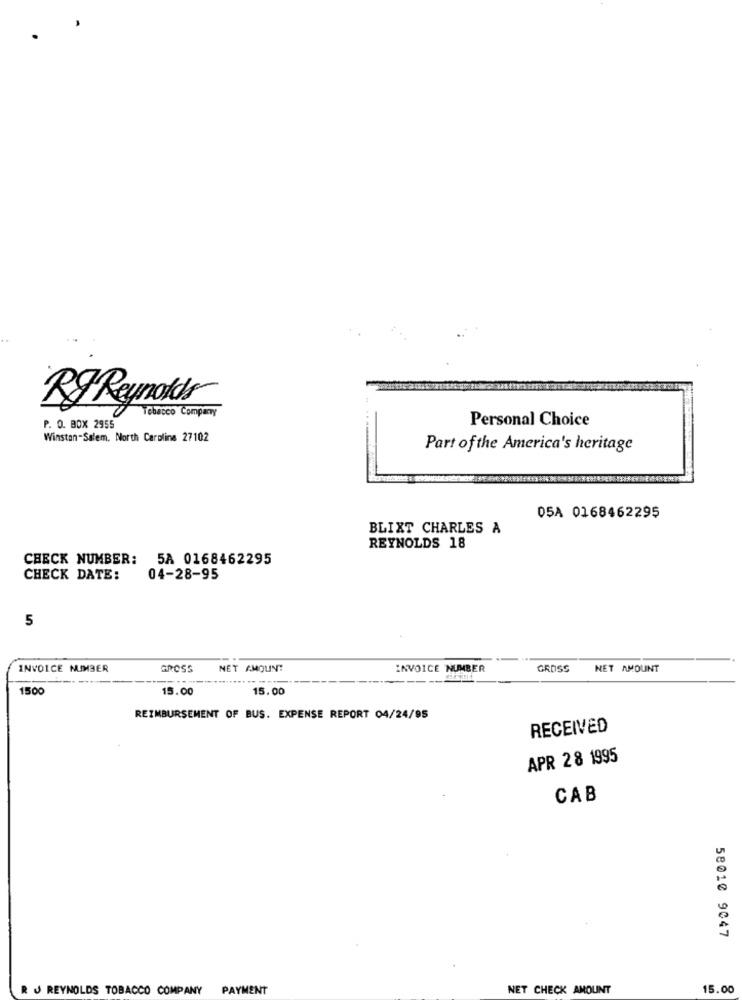
RJ Reynolds
Tobacco Company
Personal Choice
P. O. BOX 2955
Winston-Salem, North Carolina 27102
Part ofthe America's heritage
05A 0168462295
BLIXT CHARLES A
REYNOLDS 18
CHECK NUMBER:
5A 0168462295
CHECK DATE:
04-28-95
5
INVOICE NUMBER
GROSS
NET AMOUNT
INVOICE NUMBER
GROSS
NET AMOUNT
- -- --
1500
15.00
15.00
REIMBURSEMENT OF BUS. EXPENSE REPORT 04/24/95
RECEIVED
APR 28 1995
CAB
58010 9047
R J REYNOLDS TOBACCO COMPANY
PAYMENT
NET CHECK AMOUNT
15.00